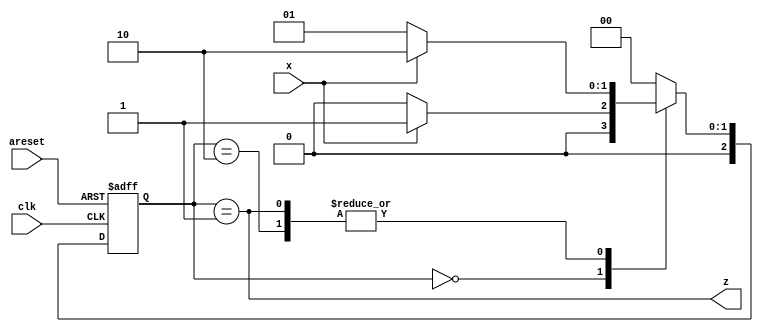
module top_module (
    input clk,
    input areset,
    input x,
    output z
); 

    parameter A = 2'd0, B = 2'd1, C = 2'd2;

    reg [2:0] state;
    wire [2:0] next_state;

    always @(posedge clk, posedge areset) begin
        if (areset)
            state <= 3'd0;
        else
            state <= next_state;
    end
    

    always @(*)
    begin
        case (state)
            A : 
                if (x)
                    next_state = B;
                else
                    next_state = A;
            B : 
                if (x)
                    next_state = C;
                else
                    next_state = B;
            C : 
                if (x)
                    next_state = C;
                else
                    next_state = B;
            default : next_state = A;
        endcase
    end

    assign z = (state == B);

endmodule